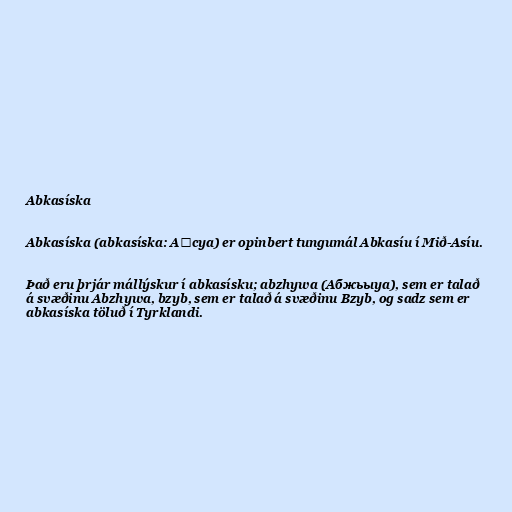
Abkasíska

Abkasíska (abkasíska: Аҧсуа) er opinbert tungumál Abkasíu í Mið-Asíu.

Það eru þrjár mállýskur í abkasísku; abzhywa (Абжьыуа), sem er talað
á svæðinu Abzhywa, bzyb, sem er talað á svæðinu Bzyb, og sadz sem er
abkasíska töluð í Tyrklandi.